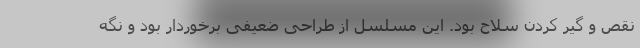
نقص و گیر کردن سلاح بود. این مسلسل از طراحی ضعیفی برخوردار بود و نگه